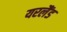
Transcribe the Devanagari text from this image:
यरलैंड